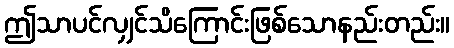
ဤသာပင်လျှင်သိကြောင်းဖြစ်သောနည်းတည်း။